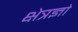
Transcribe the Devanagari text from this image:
क्षेत्रज्ञो